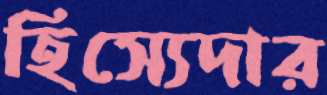
হিস্যেদার